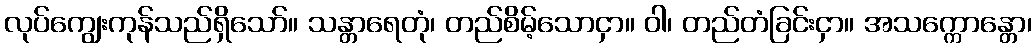
လုပ်ကျွေးကုန်သည်ရှိသော်။ သန္တာရေတုံ၊ တည်စိမ့်သောငှာ။ ဝါ၊ တည်တံခြင်းငှာ။ အသက္ကောန္တော၊